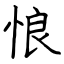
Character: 恨